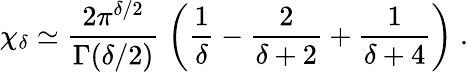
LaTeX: \chi_{\delta}\simeq\frac{2\pi^{\delta/2}}{\Gamma(\delta/2)}\; \left(\frac{1}{\delta}-\frac{2}{\delta+2}+\frac{1}{\delta+4}\right)\; .